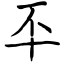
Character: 㔻